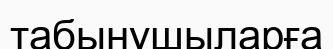
табынушыларға